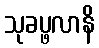
သုခပ္ဖလာနိ